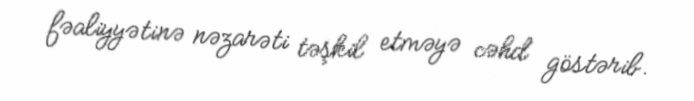
fəaliyyətinə nəzarəti təşkil etməyə cəhd göstərib.